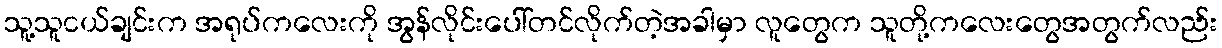
သူ့သူငယ်ချင်းက အရုပ်ကလေးကို အွန်လိုင်းပေါ်တင်လိုက်တဲ့အခါမှာ လူတွေက သူတို့ကလေးတွေအတွက်လည်း